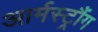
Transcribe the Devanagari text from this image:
आर्मस्ट्रौंग